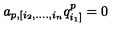
a _ { p , [ i _ { 2 } , . . . . , i _ { n } } q _ { i _ { 1 } ] } ^ { p } = 0